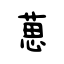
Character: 葸